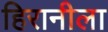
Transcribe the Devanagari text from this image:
हिरानीला